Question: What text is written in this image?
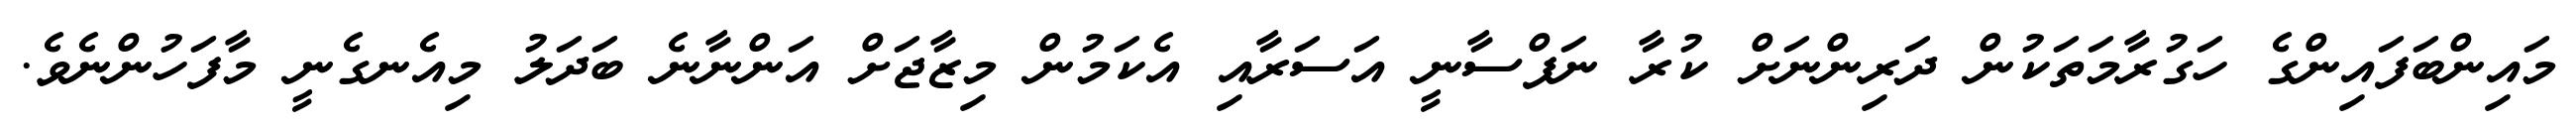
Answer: މައިންބަފައިންގެ ހަގުރާމަތަކުން ދަރިންނަށް ކުރާ ނަފްސާނީ އަސަރާއި އެކަމުން މިޒާޖަށް އަންނާނެ ބަދަލު މިއެނގެނީ މާފަހުންނެވެ.